Civil Veterinary Department Bihar & Orissa reports 1911-21 - 1911-1921
Year: 1911
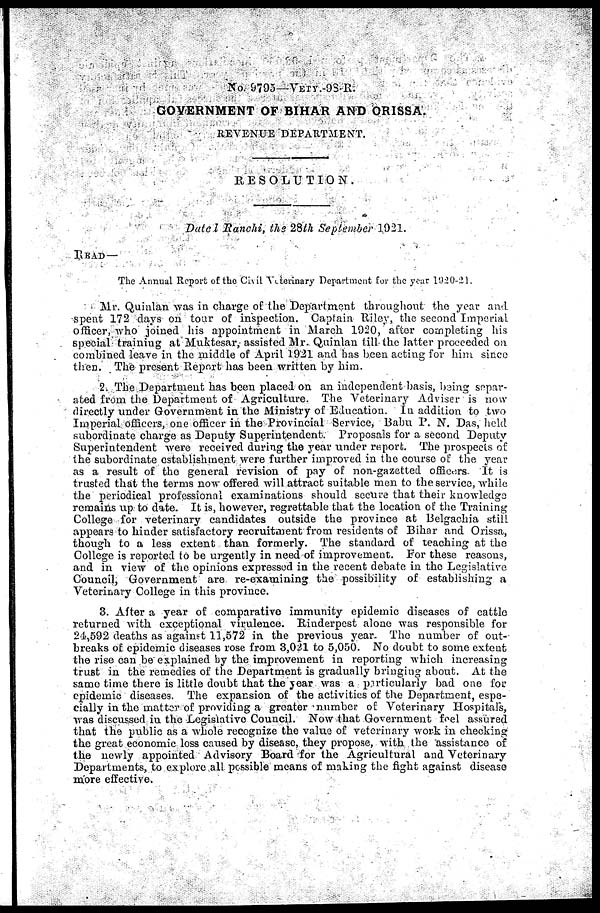
No. 9795—VETY.-98.R.
GOVERNMENT OF BIHAR AND ORISSA.
REVENUE DEPARTMENT.
RESOLUTION.
Dated Ranchi, the 28h September 1921.
READ—
The Annual Report of the Civil Veterinary Department for the year l920-21.
Mr. Quiulan was in charge of the Department throughout the year and
spent 172 days on tour of inspection. Captain Riley, the second Imperial
officer, who joined his appointment in March 1920, after completing his
special training at Muktesar,- assisted Mr. Quinlan till the latter proceeded on
combined leave in the middle of April 1921 and has been acting for him since
then. The present Report has been written by him.
2. The Department has been placed on an independent basis, being separ-
ated from the Department of Agriculture. The Veterinary Adviser is now
directly under Government in the Ministry of Education. In addition to two
Imperial officers, one officer in the Provincial Service, 13abu P. N. Das, held
subordinate charge as Deputy Superintendent. Proposals for a second Deputy
Superintendent were received during the year under report. The prospects of
the subordinate establishment were further improved in the course of the year
as a result of the general revision of pay of non-gazetted officers. It is
trusted that the terms now offered will attract suitable men to the service, while
the periodical professional examinations should secure that their knowledge
remains up to date. It is, however, regrettable that the location of the Training
College for veterinary candidates outside the province at Belgachia still
appears to hinder satisfactory recruitment from residents of Bihar and Orissa,
though to a less extent than formerly. The standard of teaching at the
College is reported to be urgently in need of improvement. For these reasons,
and in view of the opinions expressed in the recent debate in the Legislative
Council, Government are re-examining the possibility of establishing a
Veterinary College in this province.
3. After a year of comparative immunity epidemic diseases of cattle
returned with exceptional virulence. Rinderpest alone was responsible for
24,592 deaths as against 11,572 in the previous year. The number of out-
breaks of epidemic diseases rose from 3,021 to 5,050. No doubt to some extent
the rise can be explained by the improvement in reporting which increasing
trust in the remedies of the Department is gradually bringing about. At the
same time there is little doubt that the year was a particularly bad one for
epidemic diseases. The expansion of the activities of the Department, espe-
cially in the matter of providing a greater number of Veterinary Hospitals,
was discussed in the Legislative Council. Now that Government foel assured
that the public as a whole recognize the value of veterinary work in checking
the great economic loss caused by disease, they propose, with the assistance of
the newly appointed Advisory Board for the Agricultural and Veterinary
Departments, to explore all possible means of making the fight against disease
more effective.